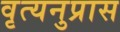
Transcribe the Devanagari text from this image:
वृत्यनुप्रास